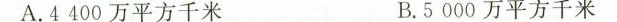
A. 4400万平方千米 D. 5000万平方千米